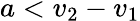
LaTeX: a<v_{2}-v_{1}